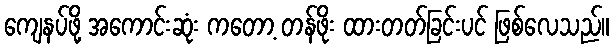
ကျေနပ်ဖို့ အကောင်းဆုံး ကတော့ တန်ဖိုး ထားတတ်ခြင်းပင် ဖြစ်လေသည်။